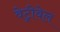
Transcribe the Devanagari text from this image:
वेट्रीवेल